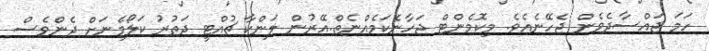
ހަމަ ޖައްސާދެވެން ޖެހޭނެއެވެ. މިކޮމެންޓް ޖަހާނެކަމެއްނެތް.އޭރުން ލަންކާ ޗުއްޓީ ދަތުރު ކަލޯމެނަށް ދެންވެސް